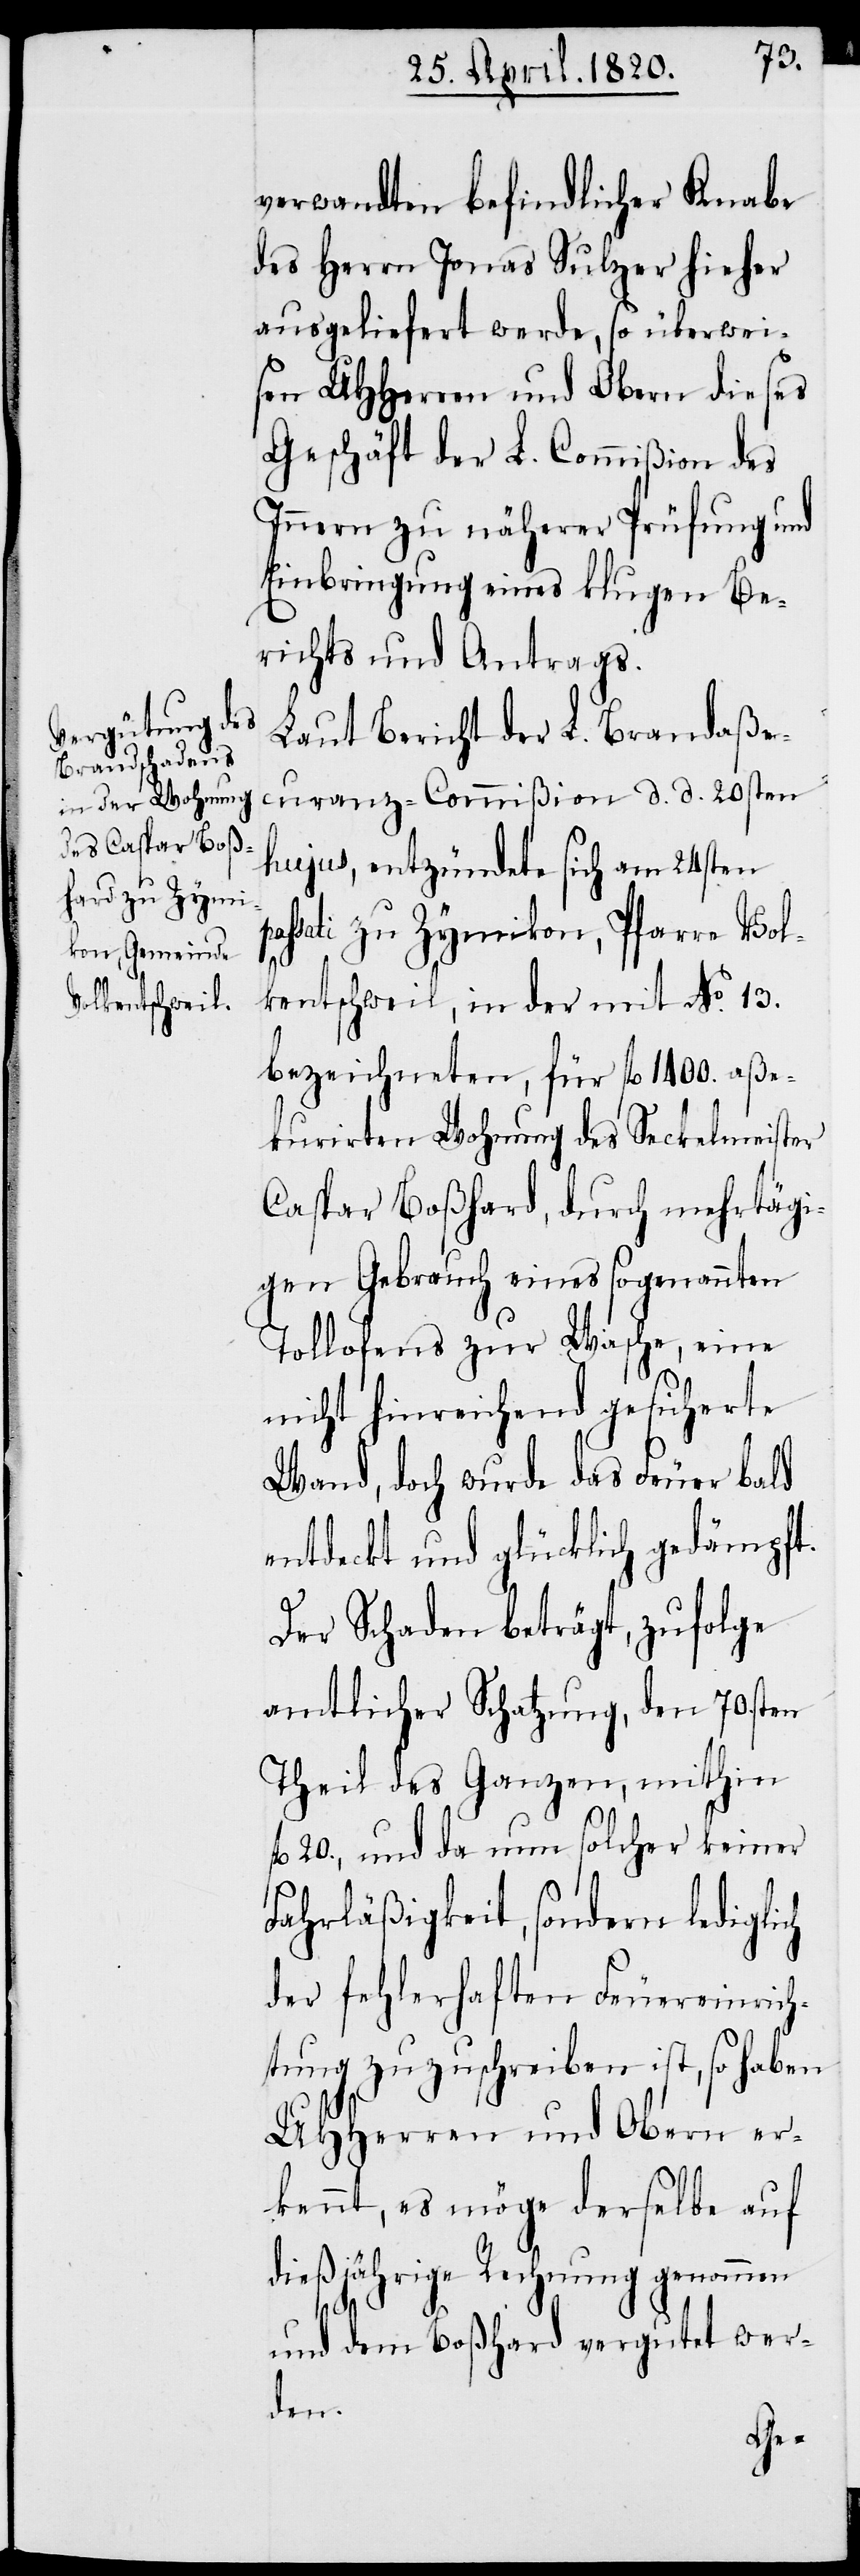
verwandten befindlicher Knabe
des Herrn Jonas Sulzer hieher
ausgeliefert werde, so überwei¬
sen UHHerren und Obern diese
Geschäft der L. Commißion des
Innern zu näherer Prüfung und
Einbringung eines klugen Be¬
richts und Antrags.
Laut Bericht der L. Brandaße¬
curanz-Commißion d. d. 20sten
hujus, entzündete sich am 24sten
sati zu Zymikon, Pfarre Vol¬
lkentschweil, in der mit No. 13.
bezeichneten, für fl. 1400. aße¬
kurirten Wohnung des Seckelmeister
Caspar Boßhard, durch mehrtägi¬
gen Gebrauchs eines sogenannten
Tollofens zur Wasche, eine
nicht hinreichend gesicherte
Wand, doch wurde das Feuer bald
entdeckt und glücklich gedämpft.
Der Schaden beträgt, zufolge
amtlicher Schatzung, den 70.sten
Theil des Ganzen, mithin
l. 20., und da nun solcher keiner
Fahrläßigkeit, sondern lediglich
der fehlerhaften Feuereinrich¬
tung zuzuschreiben ist, so haben
UHHerren und Obern er¬
kennt, es möge derselbe auf
dießjährige Rechnung genommen
f¬
und dem Boßhard vergutet wer¬
den.